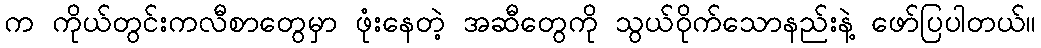
က ကိုယ်တွင်းကလီစာတွေမှာ ဖုံးနေတဲ့ အဆီတွေကို သွယ်ဝိုက်သောနည်းနဲ့ ဖော်ပြပါတယ်။